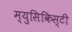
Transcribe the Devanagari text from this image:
म्युसिकिस्टी